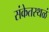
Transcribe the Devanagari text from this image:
संकेतस्थळं